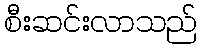
စီးဆင်းလာသည်